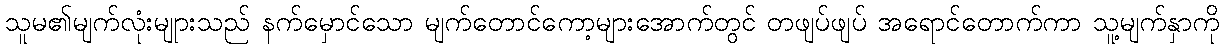
သူမ၏မျက်လုံးမျုားသည် နက်မှောင်သော မျက်တောင်ကော့များအောက်တွင် တဖျပ်ဖျပ် အရောင်တောက်ကာ သူ့မျက်နှာကို